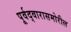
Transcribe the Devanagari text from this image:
पूर्वद्वारासमोरील